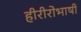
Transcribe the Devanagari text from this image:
हीरीरोभाषी